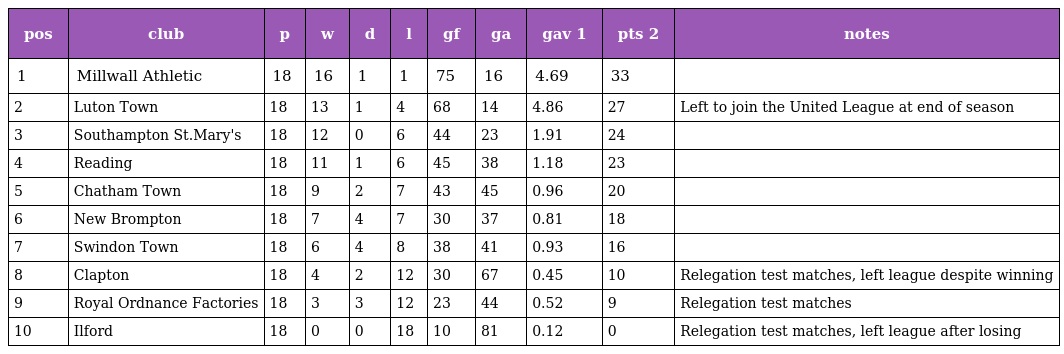
| pos | club | p | w | d | l | gf | ga | gav 1 | pts 2 | notes |
 | --- | --- | --- | --- | --- | --- | --- | --- | --- | --- | --- |
 | 1 | Millwall Athletic | 18 | 16 | 1 | 1 | 75 | 16 | 4.69 | 33 |  |
 | 2 | Luton Town | 18 | 13 | 1 | 4 | 68 | 14 | 4.86 | 27 | Left to join the United League at end of season |
 | 3 | Southampton St.Mary's | 18 | 12 | 0 | 6 | 44 | 23 | 1.91 | 24 |  |
 | 4 | Reading | 18 | 11 | 1 | 6 | 45 | 38 | 1.18 | 23 |  |
 | 5 | Chatham Town | 18 | 9 | 2 | 7 | 43 | 45 | 0.96 | 20 |  |
 | 6 | New Brompton | 18 | 7 | 4 | 7 | 30 | 37 | 0.81 | 18 |  |
 | 7 | Swindon Town | 18 | 6 | 4 | 8 | 38 | 41 | 0.93 | 16 |  |
 | 8 | Clapton | 18 | 4 | 2 | 12 | 30 | 67 | 0.45 | 10 | Relegation test matches, left league despite winning |
 | 9 | Royal Ordnance Factories | 18 | 3 | 3 | 12 | 23 | 44 | 0.52 | 9 | Relegation test matches |
 | 10 | Ilford | 18 | 0 | 0 | 18 | 10 | 81 | 0.12 | 0 | Relegation test matches, left league after losing |